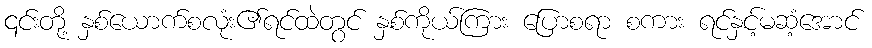
၎င်းတို့ နှစ်ယောက်စလုံး၏ရင်ထဲတွင် နှစ်ကိုယ်ကြား ပြောစရာ စကား ရင်နှင့်မဆံ့အောင်